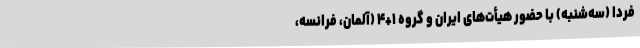
فردا (سه‌شنبه) با حضور هیأت‌های ایران و گروه ۱+۴ (آلمان، فرانسه،